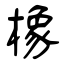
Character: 橡